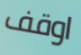
اوقف